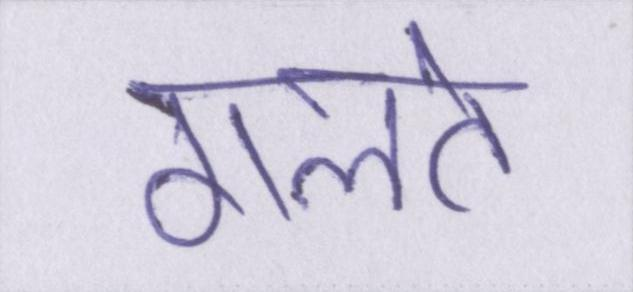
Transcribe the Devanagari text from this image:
गलते